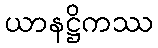
ယာနဋ္ဌိကဿ